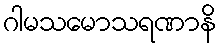
ဂါမသမောသရဏာနိ